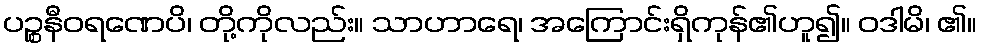
ပဉ္စနီဝရဏေပိ၊ တို့ကိုလည်း။ သာဟာရေ၊ အကြောင်းရှိကုန်၏ဟူ၍။ ဝဒါမိ၊ ၏။